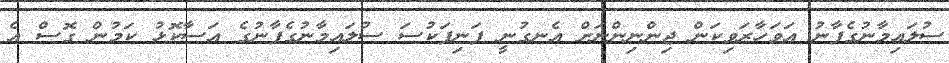
ސުލައިމާނުގެފާނު އަވަހާރަވިކަން ޖިންނިންނަށް އެނގުނީ ފަނިފަކުސަ ސުލައިމާނުގެފާނުގެ އަސާކޮޅު ކަމުން ގޮސް އެ